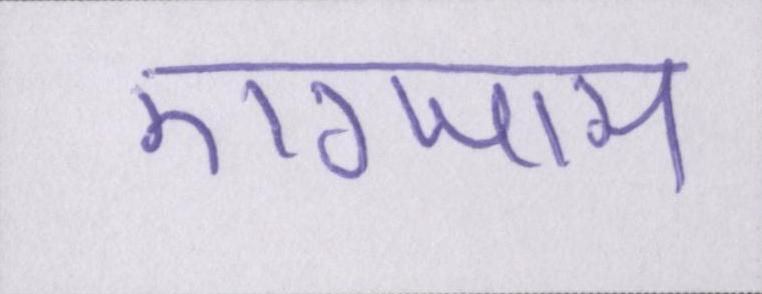
एग्जाम